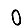
Digit: 0